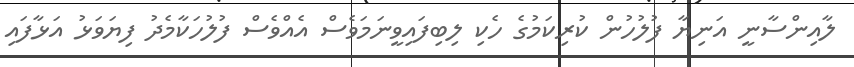
ލާއިންސާނީ އަނިޔާ ފުލުހުން ކުރިކަމުގެ ހެކި ލިބިފައިވީނަމަވެސް އެއްވެސް ފުލުހަކާމެދު ފިޔަވަޅު އަޅާފައި